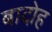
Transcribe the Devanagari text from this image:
बादोह